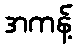
အကန့်